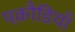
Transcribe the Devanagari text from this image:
पकौडि़याँ